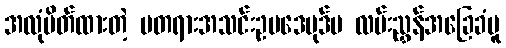
အလုံပိတ်ထားတဲ့ မတရားအသင်းဥပဒေပုဒ်မ လမ်းညွှန်အခြေခံမူ